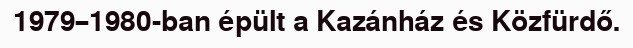
1979–1980-ban épült a Kazánház és Közfürdő.